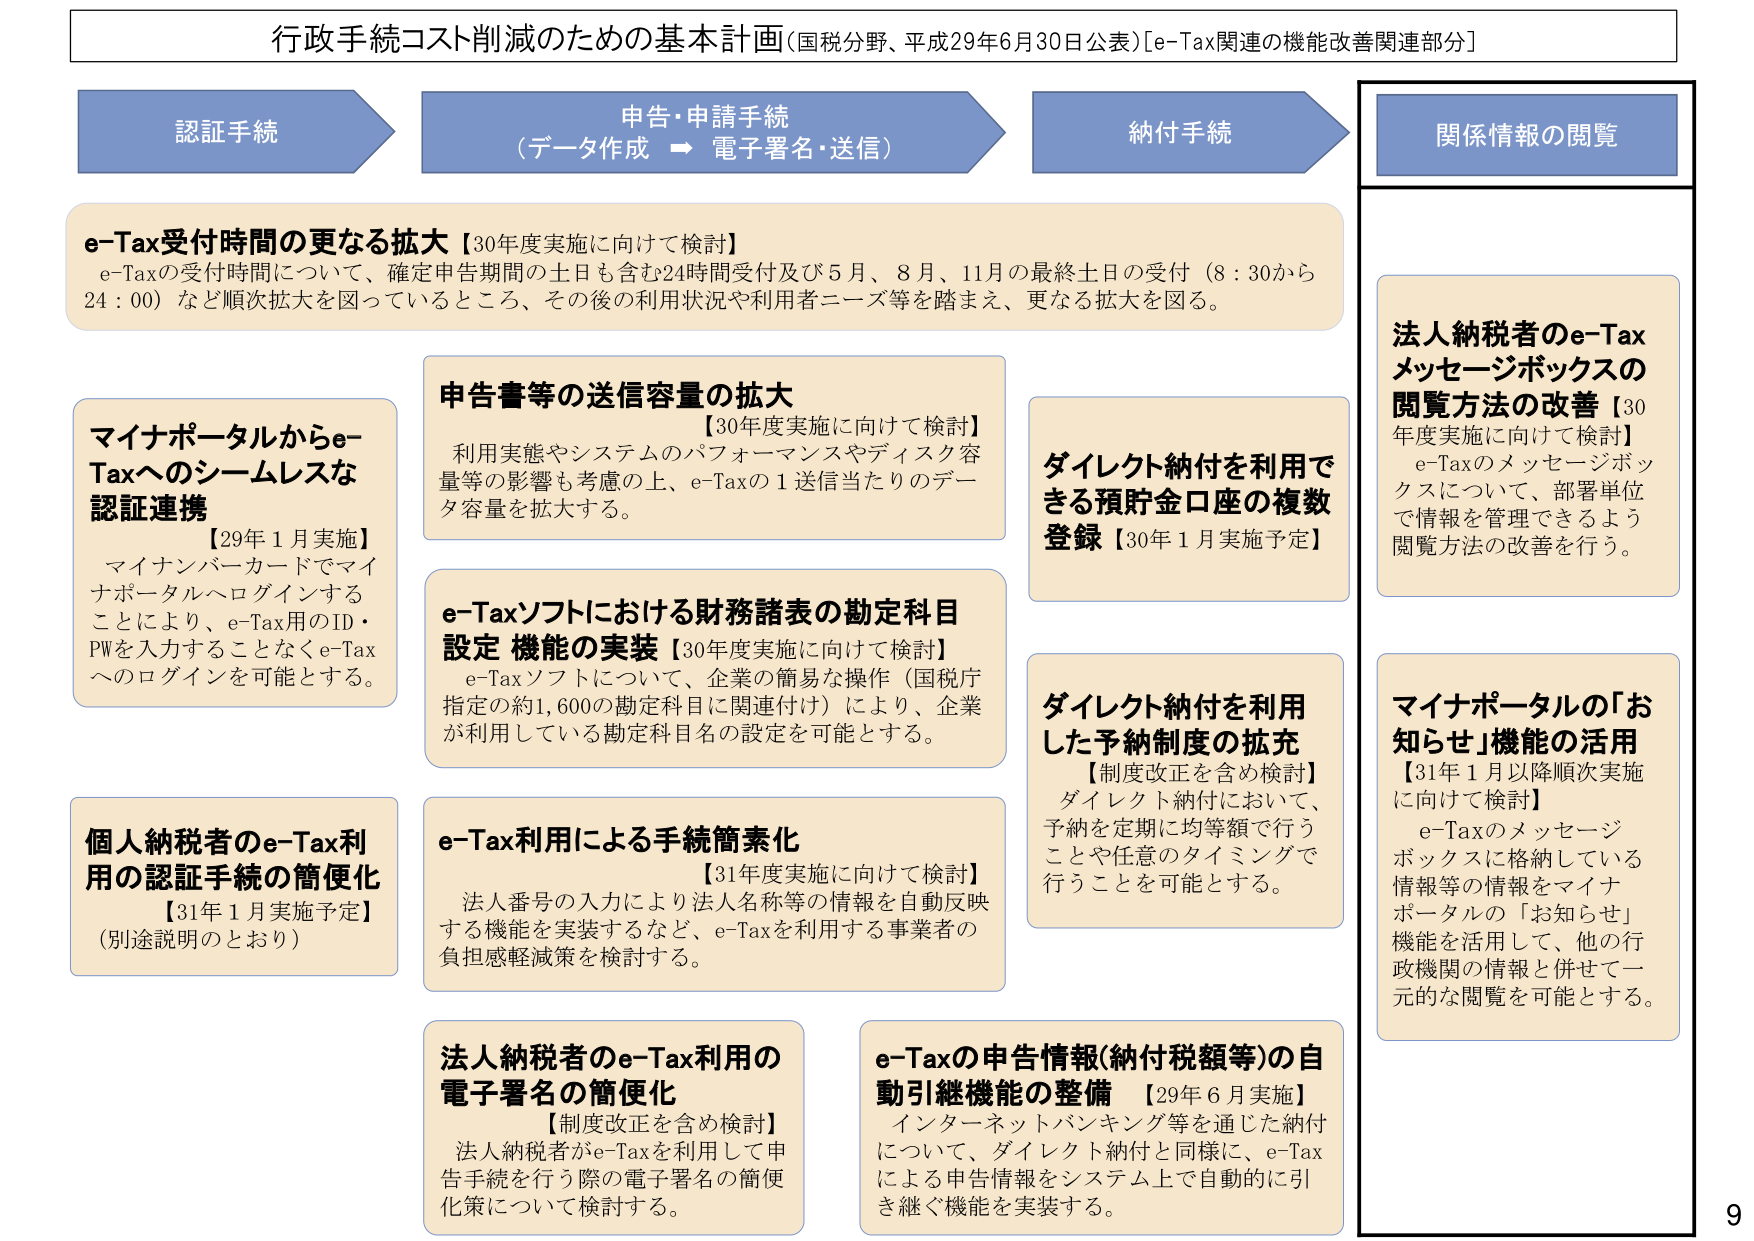
行政手続コスト削減のための基本計画（国税分野、平成29年6月30日公表）[e-Tax関連の機能改善関連部分]

認証手続
申告・申請手続
（データ作成 → 電子署名・送信）
納付手続
関係情報の閲覧

e-Tax受付時間の更なる拡大【30年度実施に向けて検討】
e-Taxの受付時間について、確定申告期間の土日も含む24時間受付及び5月、8月、11月の最終土日の受付（8：30から24：00）など順次拡大を図っているところ、その後の利用状況や利用者ニーズ等を踏まえ、更なる拡大を図る。

マイナポータルからe-Taxへのシームレスな認証連携
【29年1月実施】
マイナンバーカードでマイナポータルへログインすることにより、e-Tax用のID・PWを入力することなくe-Taxへのログインを可能とする。

申告書等の送信容量の拡大
【30年度実施に向けて検討】
利用実態やシステムのパフォーマンスやディスク容量等の影響も考慮の上、e-Taxの1送信当たりのデータ容量を拡大する。

e-Taxソフトにおける財務諸表の勘定科目設定機能の実装【30年度実施に向けて検討】
e-Taxソフトについて、企業の簡易な操作（国税庁指定の約1,600の勘定科目に関連付け）により、企業が利用している勘定科目名の設定を可能とする。

個人納税者のe-Tax利用の認証手続の簡便化
【31年1月実施予定】
（別途説明のとおり）

e-Tax利用による手続簡素化
【31年度実施に向けて検討】
法人番号の入力により法人名称等の情報を自動反映する機能を実装するなど、e-Taxを利用する事業者の負担感軽減策を検討する。

法人納税者のe-Tax利用の電子署名の簡便化
【制度改正を含め検討】
法人納税者がe-Taxを利用して申告手続を行う際の電子署名の簡便化策について検討する。

e-Taxの申告情報（納付税額等）の自動引継機能の整備【29年6月実施】
インターネットバンキング等を通じた納付について、ダイレクト納付と同様に、e-Taxによる申告情報をシステム上で自動的に引き継ぐ機能を実装する。

ダイレクト納付を利用できる預貯金口座の複数登録【30年1月実施予定】

ダイレクト納付を利用した予納制度の拡充
【制度改正を含め検討】
ダイレクト納付において、予納を定額に均等額で行うことや任意のタイミングで行うことを可能とする。

法人納税者のe-Taxメッセージボックスの閲覧方法の改善【30年度実施に向けて検討】
e-Taxのメッセージボックスについて、部署単位で情報を管理できるよう閲覧方法の改善を行う。

マイナポータルの「お知らせ」機能の活用
【31年1月以降順次実施に向けて検討】
e-Taxのメッセージボックスに格納している情報等の情報をマイナポータルの「お知らせ」機能を活用して、他の行政機関の情報と併せて一元的な閲覧を可能とする。

9